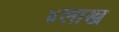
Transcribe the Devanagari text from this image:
४लाख